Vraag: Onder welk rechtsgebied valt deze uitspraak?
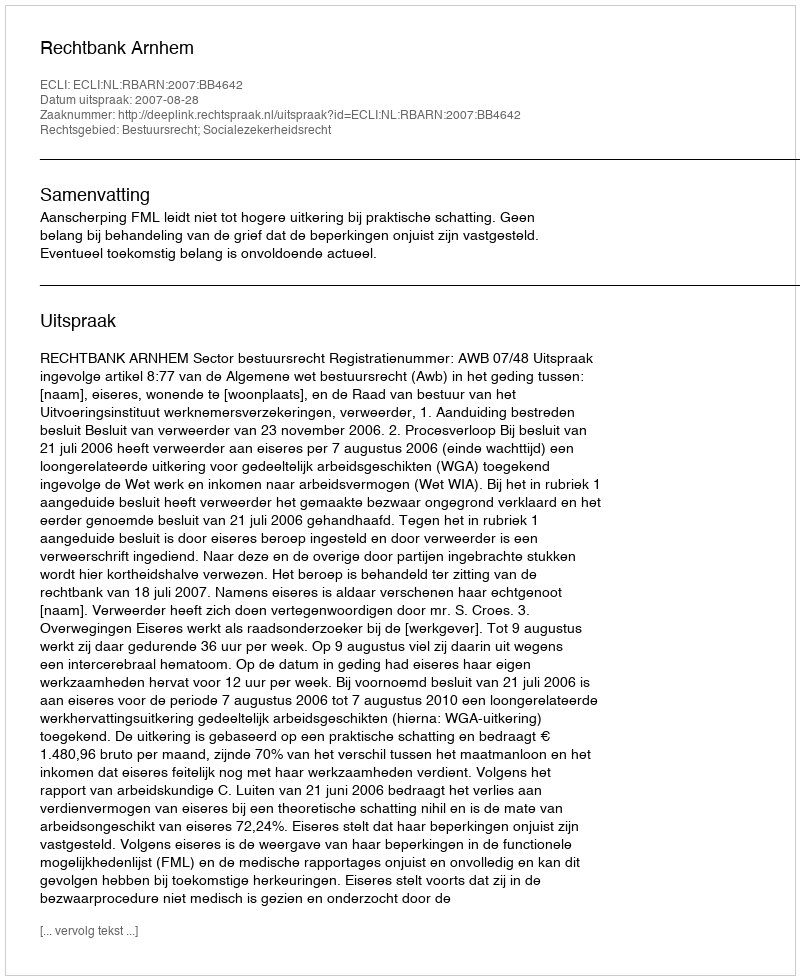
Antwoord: Bestuursrecht; Socialezekerheidsrecht